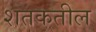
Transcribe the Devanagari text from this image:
शतकतील